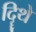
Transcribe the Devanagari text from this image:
दिॄथे